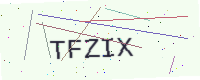
Text: TFZIX